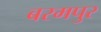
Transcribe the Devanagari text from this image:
बरमपुर